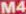
M4